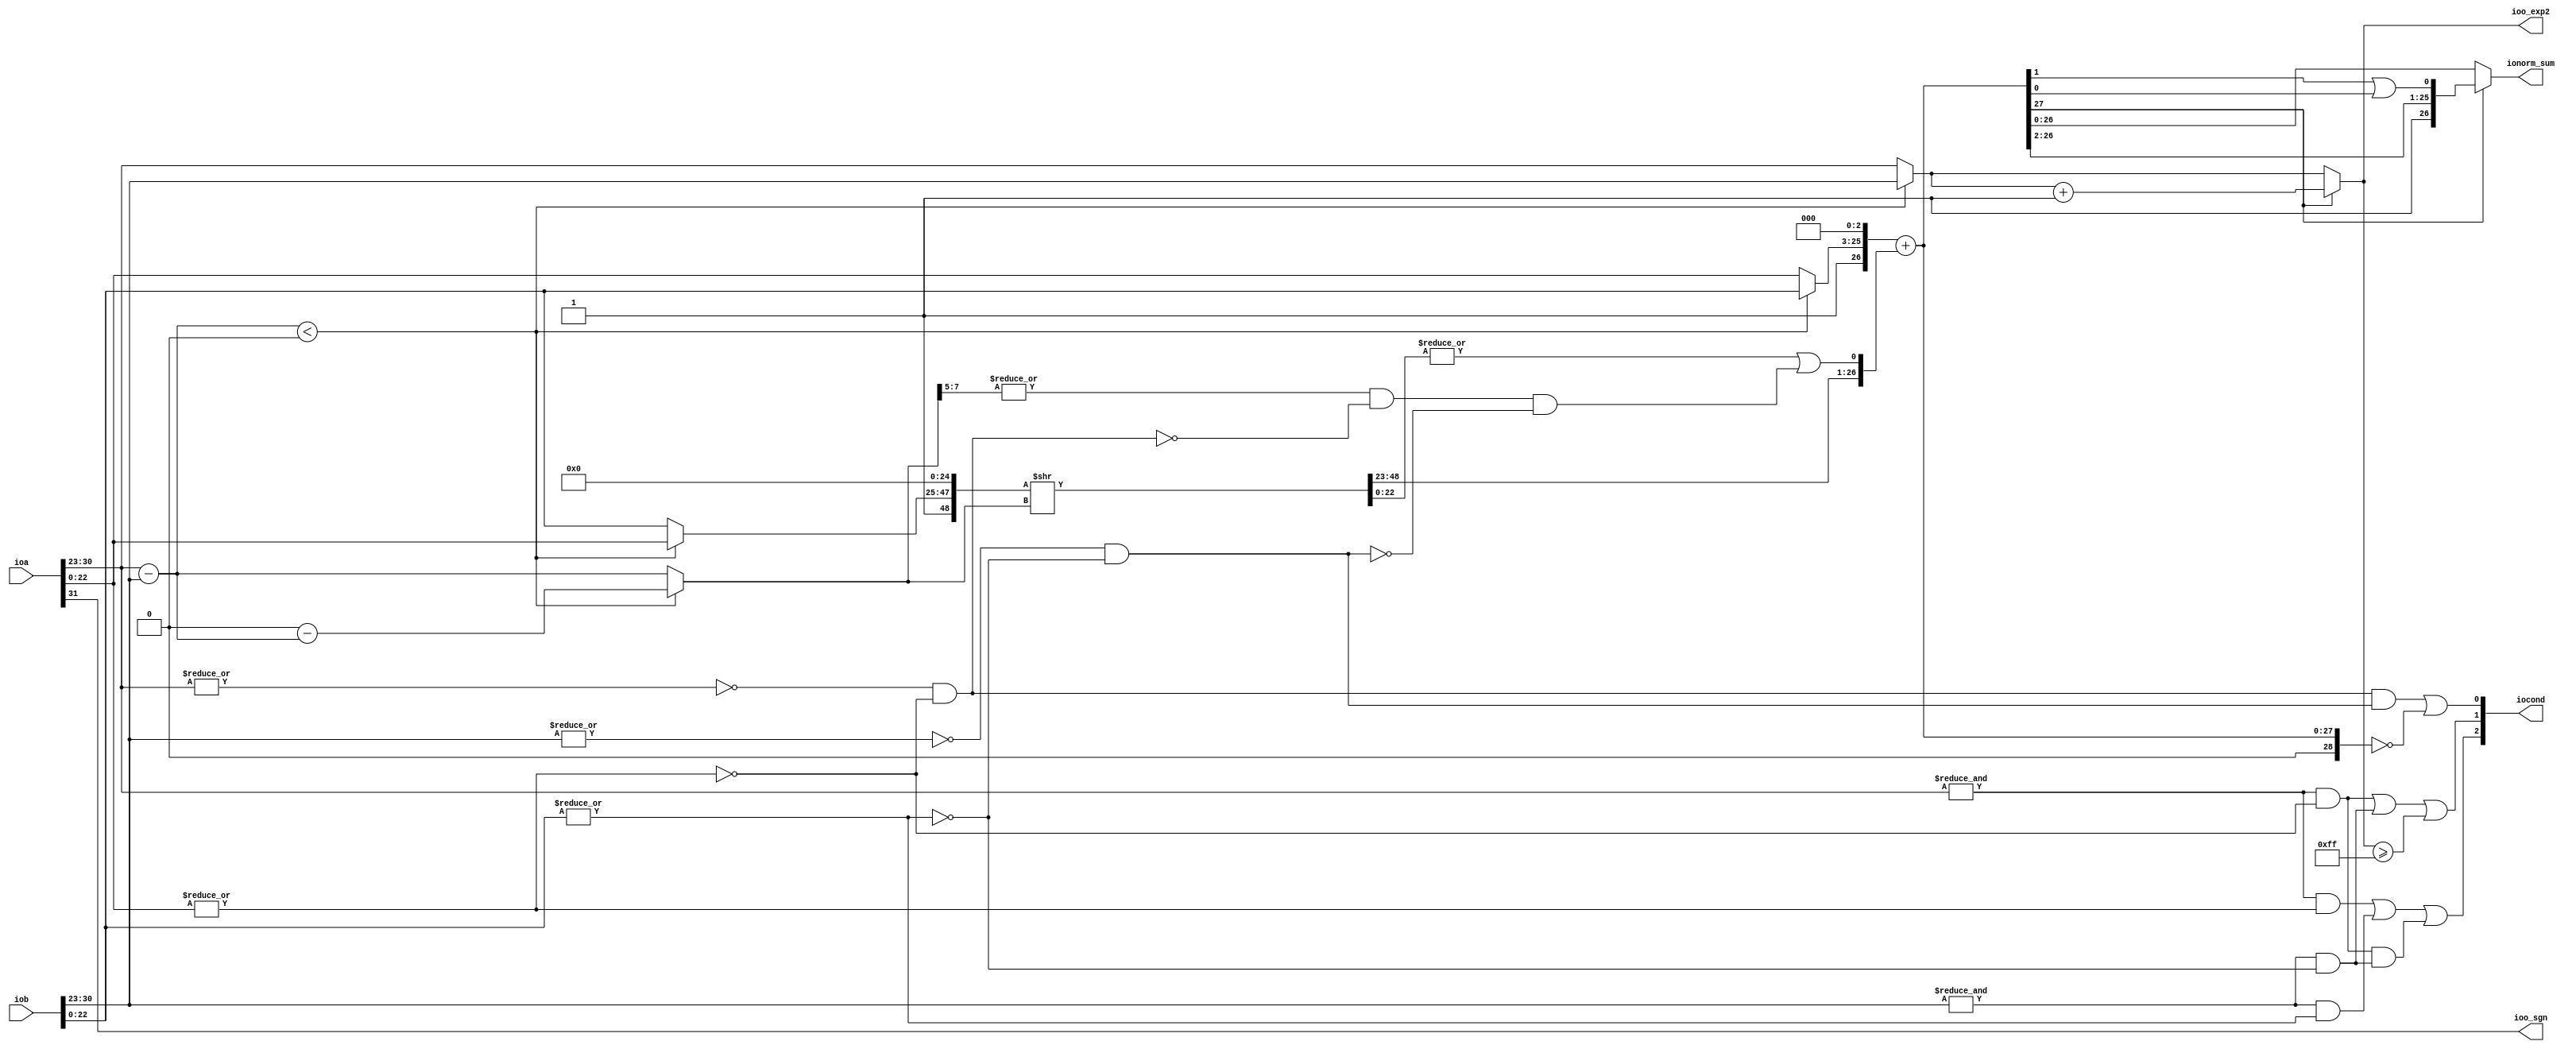
module unsignedFPadder(
  input  [31:0] ioa,
  input  [31:0] iob,
  output        ioo_sgn,
  output [2:0]  iocond,
  output [7:0]  ioo_exp2,
  output [26:0] ionorm_sum
);
  wire [7:0] a_exp = ioa[30:23]; // @[unsignfpadder.scala 29:18]
  wire [7:0] b_exp = iob[30:23]; // @[unsignfpadder.scala 30:18]
  wire [23:0] a_mnt = {1'h1,ioa[22:0]}; // @[unsignfpadder.scala 32:25]
  wire [23:0] b_mnt = {1'h1,iob[22:0]}; // @[unsignfpadder.scala 33:25]
  wire  _mntAzero_T_1 = |a_mnt[22:0]; // @[unsignfpadder.scala 38:41]
  wire  mntAzero = ~(|a_mnt[22:0]); // @[unsignfpadder.scala 38:19]
  wire  _mntBzero_T_1 = |b_mnt[22:0]; // @[unsignfpadder.scala 39:41]
  wire  mntBzero = ~(|b_mnt[22:0]); // @[unsignfpadder.scala 39:19]
  wire  expAone = &a_exp; // @[unsignfpadder.scala 41:23]
  wire  expBone = &b_exp; // @[unsignfpadder.scala 42:23]
  wire  Azero = ~(|a_exp) & mntAzero; // @[unsignfpadder.scala 44:28]
  wire  Bzero = ~(|b_exp) & mntBzero; // @[unsignfpadder.scala 45:28]
  wire  Inzero = Azero & Bzero; // @[unsignfpadder.scala 46:22]
  wire  Ainf = expAone & mntAzero; // @[unsignfpadder.scala 48:22]
  wire  Binf = expBone & mntBzero; // @[unsignfpadder.scala 49:22]
  wire  IninfN = Ainf & Binf; // @[unsignfpadder.scala 51:21]
  wire  IninfO = Ainf | Binf; // @[unsignfpadder.scala 53:21]
  wire  Anan = expAone & _mntAzero_T_1; // @[unsignfpadder.scala 55:22]
  wire  Bnan = expBone & _mntBzero_T_1; // @[unsignfpadder.scala 56:22]
  wire  Innan = Anan | Bnan; // @[unsignfpadder.scala 58:20]
  wire  flag_nan = Innan | IninfN; // @[unsignfpadder.scala 63:25]
  wire [8:0] _diff_exp_T = {1'b0,$signed(a_exp)}; // @[unsignfpadder.scala 79:24]
  wire [8:0] _diff_exp_T_1 = {1'b0,$signed(b_exp)}; // @[unsignfpadder.scala 79:37]
  wire [8:0] diff_exp = $signed(_diff_exp_T) - $signed(_diff_exp_T_1); // @[unsignfpadder.scala 79:29]
  wire  alb_exp = $signed(diff_exp) < 9'sh0; // @[unsignfpadder.scala 81:26]
  wire [23:0] a_mnts = alb_exp ? b_mnt : a_mnt; // @[unsignfpadder.scala 87:19]
  wire [27:0] _sum1_T_1 = {1'h0,a_mnts,3'h0}; // @[Cat.scala 33:92]
  wire [23:0] b_mnts = alb_exp ? a_mnt : b_mnt; // @[unsignfpadder.scala 88:19]
  wire [48:0] _shifted_b_mnts_2pw_T = {b_mnts,25'h0}; // @[unsignfpadder.scala 121:36]
  wire [8:0] _diff_exp_mag_T_2 = 9'sh0 - $signed(diff_exp); // @[unsignfpadder.scala 83:35]
  wire [8:0] diff_exp_mag = alb_exp ? $signed(_diff_exp_mag_T_2) : $signed(diff_exp); // @[unsignfpadder.scala 83:56]
  wire [48:0] shifted_b_mnts_2pw = _shifted_b_mnts_2pw_T >> diff_exp_mag; // @[unsignfpadder.scala 121:53]
  wire [23:0] shifted_b_mnts = shifted_b_mnts_2pw[48:25]; // @[unsignfpadder.scala 123:42]
  wire  G1 = shifted_b_mnts_2pw[24]; // @[unsignfpadder.scala 125:30]
  wire  R1 = shifted_b_mnts_2pw[23]; // @[unsignfpadder.scala 126:30]
  wire  S1 = |shifted_b_mnts_2pw[22:0] | |diff_exp_mag[7:5] & ~Azero & ~Bzero; // @[unsignfpadder.scala 127:45]
  wire [26:0] _sum1_T_2 = {shifted_b_mnts,G1,R1,S1}; // @[Cat.scala 33:92]
  wire [27:0] _GEN_0 = {{1'd0}, _sum1_T_2}; // @[unsignfpadder.scala 135:68]
  wire [28:0] sum1 = _sum1_T_1 + _GEN_0; // @[unsignfpadder.scala 135:68]
  wire  flag_zero1 = sum1 == 29'h0; // @[unsignfpadder.scala 139:23]
  wire  flag_zero = Inzero | flag_zero1; // @[unsignfpadder.scala 74:30]
  wire  carrySignBit = sum1[27]; // @[unsignfpadder.scala 137:26]
  wire [7:0] o_exp1 = alb_exp ? b_exp : a_exp; // @[unsignfpadder.scala 85:19]
  wire [7:0] _o_exp_add_T_2 = o_exp1 + 8'h1; // @[unsignfpadder.scala 144:50]
  wire [7:0] o_exp2 = carrySignBit ? _o_exp_add_T_2 : o_exp1; // @[unsignfpadder.scala 144:19]
  wire  flag_inf1 = o_exp2 >= 8'hff; // @[unsignfpadder.scala 146:27]
  wire  flag_inf = IninfO | flag_inf1; // @[unsignfpadder.scala 75:25]
  wire  _norm_sum_add_T_4 = sum1[1] | sum1[0]; // @[unsignfpadder.scala 142:72]
  wire [26:0] _norm_sum_add_T_5 = {sum1[27:2],_norm_sum_add_T_4}; // @[unsignfpadder.scala 142:61]
  wire [1:0] _cond_T = {flag_nan,flag_inf}; // @[unsignfpadder.scala 156:23]
  assign ioo_sgn = ioa[31]; // @[unsignfpadder.scala 26:18]
  assign iocond = {_cond_T,flag_zero}; // @[unsignfpadder.scala 156:35]
  assign ioo_exp2 = carrySignBit ? _o_exp_add_T_2 : o_exp1; // @[unsignfpadder.scala 144:19]
  assign ionorm_sum = carrySignBit ? _norm_sum_add_T_5 : sum1[26:0]; // @[unsignfpadder.scala 142:25]
endmodule
module FPadder(
  input         clock,
  input         reset,
  input  [31:0] io_a,
  input  [31:0] io_b,
  output [31:0] io_o,
  input         io_op,
  input  [1:0]  io_round
);
  wire [31:0] adderFrontend_ioa; // @[FPadder.scala 17:95]
  wire [31:0] adderFrontend_iob; // @[FPadder.scala 17:95]
  wire  adderFrontend_ioo_sgn; // @[FPadder.scala 17:95]
  wire [2:0] adderFrontend_iocond; // @[FPadder.scala 17:95]
  wire [7:0] adderFrontend_ioo_exp2; // @[FPadder.scala 17:95]
  wire [26:0] adderFrontend_ionorm_sum; // @[FPadder.scala 17:95]
  wire [23:0] _GEN_0 = adderFrontend_iocond >= 3'h4 ? 24'hc00000 : 24'hffffff; // @[FPadder.scala 54:28 55:13 58:13]
  wire [23:0] _GEN_2 = adderFrontend_iocond == 3'h2 ? 24'h0 : _GEN_0; // @[FPadder.scala 51:29 52:13]
  wire [23:0] _GEN_4 = adderFrontend_iocond == 3'h1 ? 24'h0 : _GEN_2; // @[FPadder.scala 48:29 49:13]
  wire [7:0] _GEN_5 = adderFrontend_iocond == 3'h1 ? 8'h0 : 8'hff; // @[FPadder.scala 48:29 50:14]
  wire [23:0] normalized_norm_sum_rounding = adderFrontend_ionorm_sum[23:0]; // @[FPadder.scala 19:44 34:38]
  wire [23:0] o_mnt = adderFrontend_iocond == 3'h0 ? normalized_norm_sum_rounding : _GEN_4; // @[FPadder.scala 45:23 46:13]
  wire [7:0] o_exp3 = adderFrontend_ioo_exp2; // @[FPadder.scala 18:22 33:16]
  wire [7:0] o_exp4 = adderFrontend_iocond == 3'h0 ? o_exp3 : _GEN_5; // @[FPadder.scala 45:23 47:14]
  wire [8:0] _io_o_T = {adderFrontend_ioo_sgn,o_exp4}; // @[FPadder.scala 61:37]
  unsignedFPadder adderFrontend ( // @[FPadder.scala 17:95]
    .ioa(adderFrontend_ioa),
    .iob(adderFrontend_iob),
    .ioo_sgn(adderFrontend_ioo_sgn),
    .iocond(adderFrontend_iocond),
    .ioo_exp2(adderFrontend_ioo_exp2),
    .ionorm_sum(adderFrontend_ionorm_sum)
  );
  assign io_o = {_io_o_T,o_mnt[22:0]}; // @[FPadder.scala 61:47]
  assign adderFrontend_ioa = io_a; // @[FPadder.scala 38:23]
  assign adderFrontend_iob = io_b; // @[FPadder.scala 39:23]
endmodule